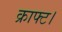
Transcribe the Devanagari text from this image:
क्राफ्ट।